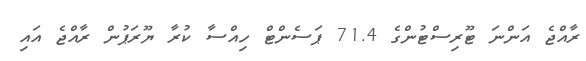
ރާއްޖެ އަންނަ ޓޫރިސްޓުންގެ 71.4 ޕަސެންޓް ހިއްސާ ކުރާ ޔޫރަޕުން ރާއްޖެ އައި